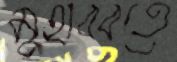
মুহাব্বতে